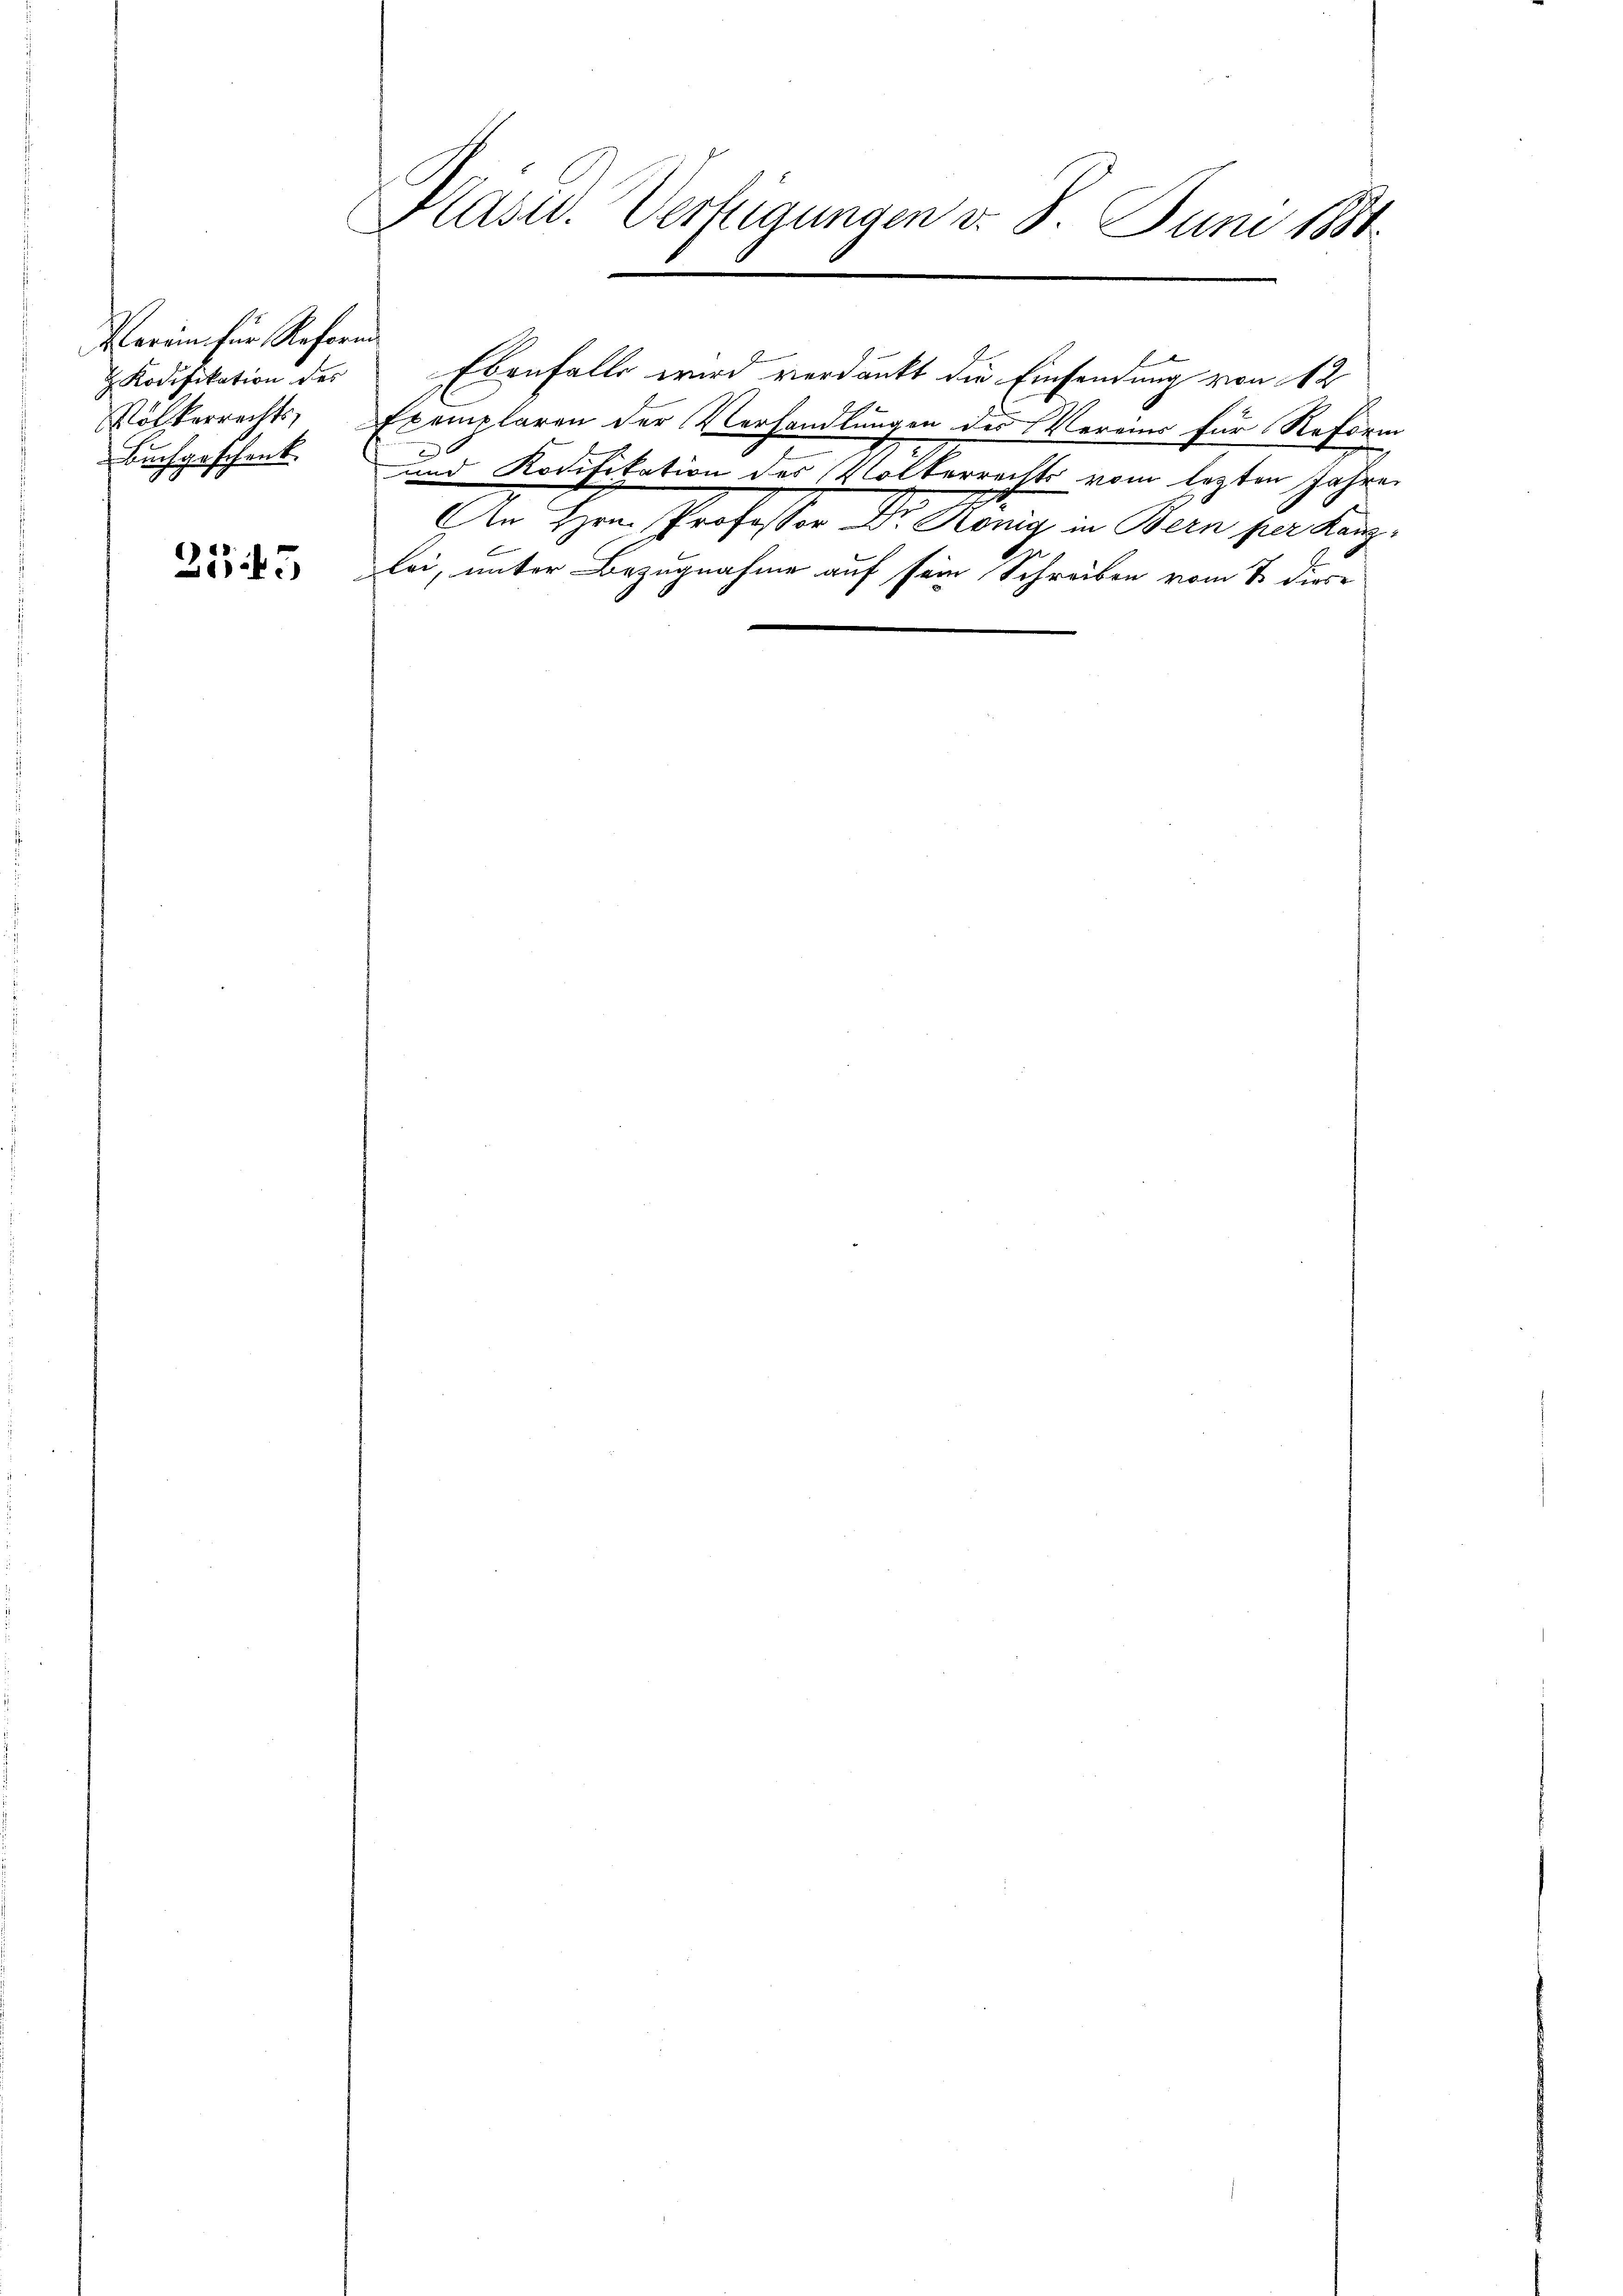
Verein für Referen
 Kodifikation des
Buchgeschenk.

2543

Kasid. Verfügungen d. 8. Juni 1881.

Ebenfalls wird verdankt die Einsendung von 12
Völkerrechts Exemplaren der Verhandlungen des Vereins für Reform
0
und Kodifikation des Völkerrechts vom lezten Jahre
An Hrn. Professor Dr. König in Bern per Kanzlei, unter Bezugnahme auf sein Schreiben vom 2 diese